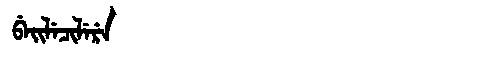
Manchu: ᠪᡝᡳᠯᡝᠴᡳᠯᡝᡵᡝ
Romanization: BEILECILERE